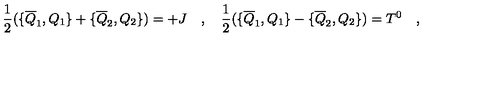
{ \frac { 1 } { 2 } } ( \{ \overline { { Q } } _ { 1 } , Q _ { 1 } \} + \{ \overline { { Q } } _ { 2 } , Q _ { 2 } \} ) = + J \quad , \quad { \frac { 1 } { 2 } } ( \{ \overline { { Q } } _ { 1 } , Q _ { 1 } \} - \{ \overline { { Q } } _ { 2 } , Q _ { 2 } \} ) = T ^ { 0 } \quad ,